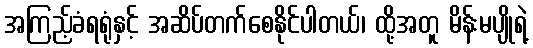
အကြည့်ခံရရုံနှင့် အဆိပ်တက်စေနိုင်ပါတယ်၊ ထို့အတူ မိန်းမပျိုရဲ့